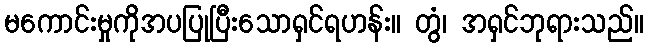
မကောင်းမှုကိုအပပြုပြီးသောရှင်ရဟန်း။ တွံ၊ အရှင်ဘုရားသည်။